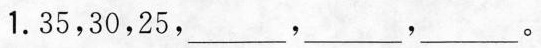
1.35，30，25，___，___，___。